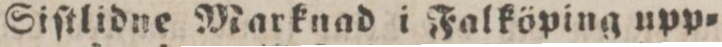
Siſtlidne Marknad i Falköping upp=